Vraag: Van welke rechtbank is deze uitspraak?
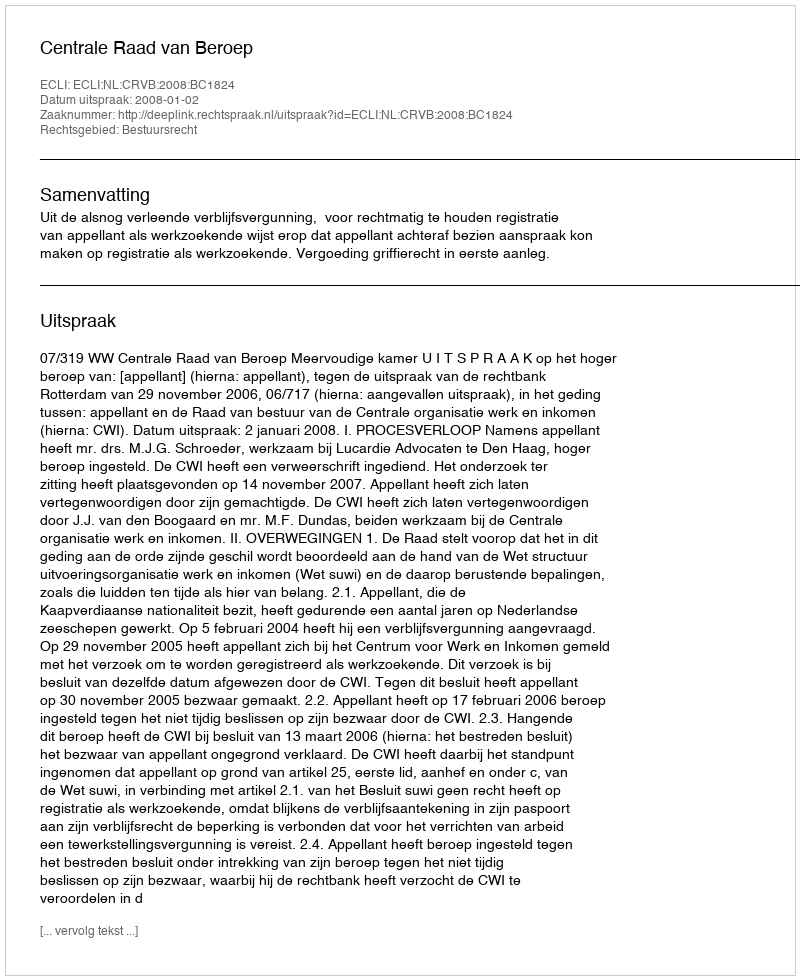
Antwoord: Centrale Raad van Beroep